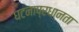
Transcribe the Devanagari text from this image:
घटनाप्रधानता